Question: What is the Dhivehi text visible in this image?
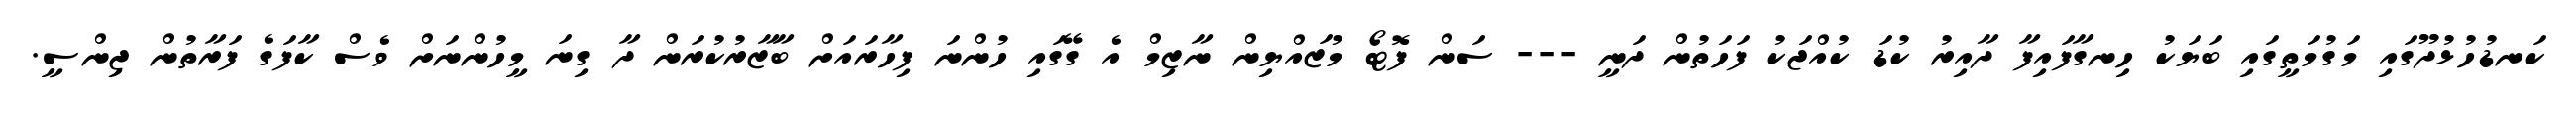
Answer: ކަނޑުހުޅުދޫގައި މަގުމަތީގައި ބަޔަކު ހިނގާފައިފާ ދާއިރު ކުޑަ ކުއްޖަކު ފަހަތުން ދަނީ --- ސަން ފޮޓޯ މުޒައްޔިން ނާޒިމް އެ ގޭގައި ހުންނަ ފިހާރައަށް ބާޒާރުކުރަން ދާ ގިނަ މީހުންނަށް ވެސް ކާފަގެ ފަރާތުން ޖިންސީ.